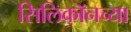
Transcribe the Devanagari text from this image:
सिलिकॉनच्या